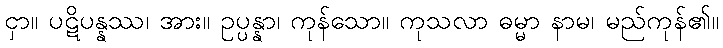
ငှာ။ ပဋိပန္နဿ၊ အား။ ဥပ္ပန္နာ၊ ကုန်သော။ ကုသလာ ဓမ္မာ နာမ၊ မည်ကုန်၏။